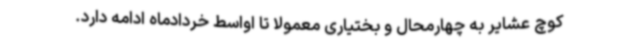
کوچ عشایر به چهارمحال و بختیاری معمولا تا اواسط خردادماه ادامه دارد.